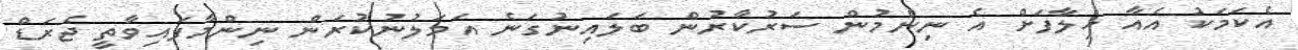
އެކަމަކު އެއާ ހިލާފަށް އެ ނިންމުން ސަރުކާރުން ބަލައިނުގަނެ އަމަލުނުކުރަން ނިންމާފައިވާތީ ޖެރަޑް